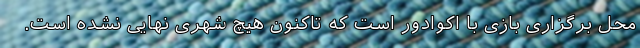
محل برگزاری بازی با اکوادور است که تاکنون هیچ شهری نهایی نشده است.